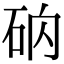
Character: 𥑚